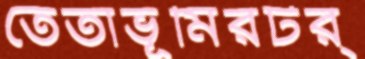
তেতাভূমিরটর্